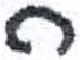
אות: ה